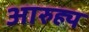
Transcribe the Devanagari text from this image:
आरुह्य